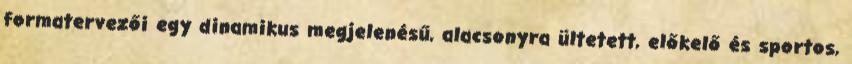
formatervezői egy dinamikus megjelenésű, alacsonyra ültetett, előkelő és sportos,